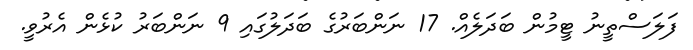
ފަލަސްތީނު ޓީމުން ބަދަލެއް. 17 ނަންބަރުގެ ބަދަލުގައި 9 ނަންބަރު ކުޅެން އެރުވީ.